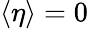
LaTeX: \langle\eta\rangle=0